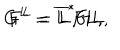
G ^ { L } = \overline { { { L } } } ^ { * } G L , \hspace { 0 . 3 i n } F ^ { L } = \overline { { { L } } } F L ,